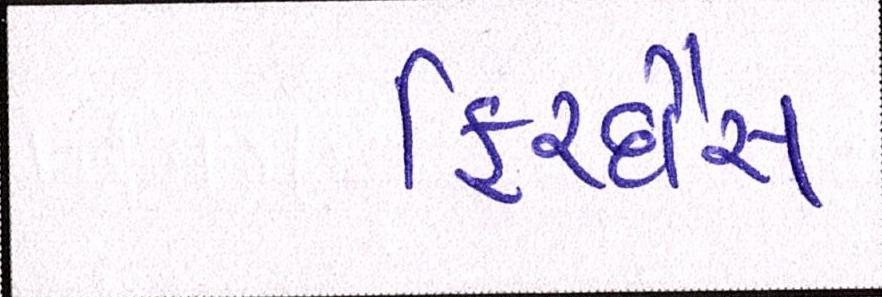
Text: ફિરદૌસ